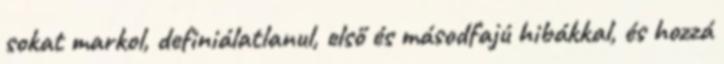
sokat markol, definiálatlanul, első és másodfajú hibákkal, és hozzá